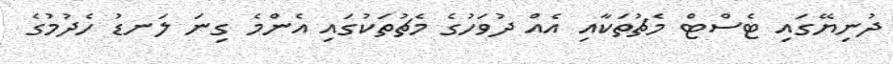
ދުނިޔޭގައި ޓެސްޓް މެޗުތަކާއި އެއް ދުވަހުގެ މެޗުތަކުގައި އެންމެ ގިނަ ލަނޑު ހެދުމުގެ